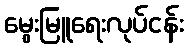
မွေးမြူရေးလုပ်ငန်း